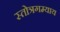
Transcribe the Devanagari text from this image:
स्तोत्रगम्याय